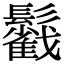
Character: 𩯰